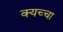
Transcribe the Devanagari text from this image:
क्यच्चा